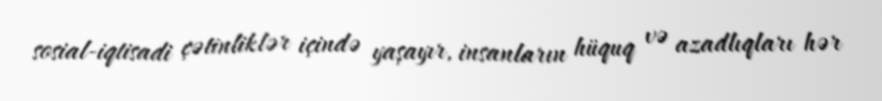
sosial-iqtisadi çətinliklər içində yaşayır, insanların hüquq və azadlıqları hər